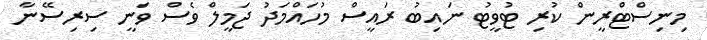
މިނިސްޓްރީން ކުރި ޓުވީޓު ނައިބު ރައީސް މުުހައްމަދު ޖަމީލް ވެސް ވަނީ ސިރިސޭނާ